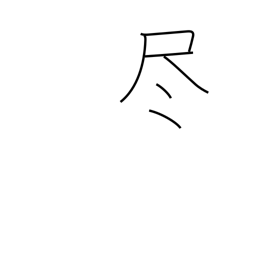
Meaning: deplete